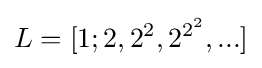
L=[1;2,2^{2},2^{2^{2}},...]